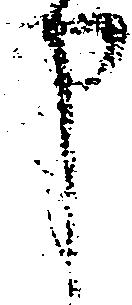
申